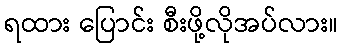
ရထား ပြောင်း စီးဖို့လိုအပ်လား။